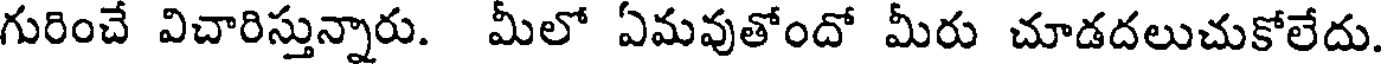
గురించే విచారిస్తున్నారు. మీలో ఏమవుతోందో మీరు చూడదలుచుకోలేదు